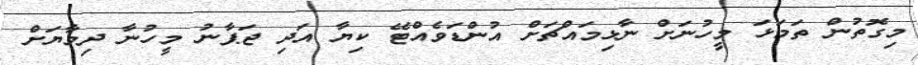
މިގޮތުން ތަމަޅަ މީހުނަށް ނާޅިމައްޗަށް އުންޑަވެއްޓޭ ކިޔާ އަދި ޖަޕާނު މީހުނާ ދިމާޔަށް